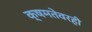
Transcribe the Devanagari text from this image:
क्षमतेवरही